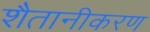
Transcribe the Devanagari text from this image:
शैतानीकरण